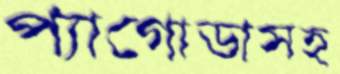
প্যাগোডাসহ